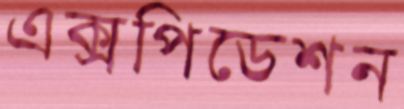
এক্সপিডেশন